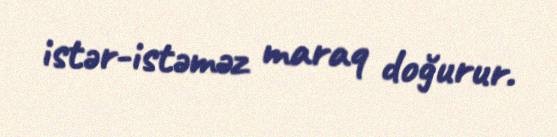
istər-istəməz maraq doğurur.